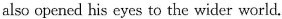
also opened his eyes to the wider world.